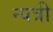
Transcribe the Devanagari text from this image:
न्यत्री